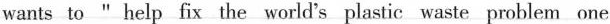
wants _to " help _fhx the world's plastic waste problem one